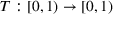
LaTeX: T : [ 0 , 1 ) \to [ 0 , 1 )